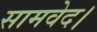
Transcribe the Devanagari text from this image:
सामवेद।